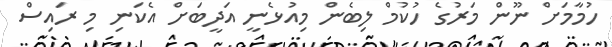
ހުމާމަށް ނޫން މަރުގެ ހުކުމް ލިބެން މިއުޅެނީ އަދީބަށް އެކަނި މި ރައިސް